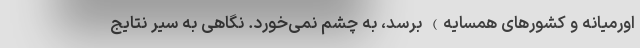
اورمیانه و کشور‌های همسایه) برسد، به چشم نمی‌خورد. نگاهی به سیر نتایج